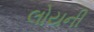
લોયની